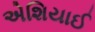
એશિયાઈ